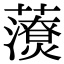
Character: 𧃉